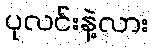
ပုလင်းနဲ့လား